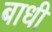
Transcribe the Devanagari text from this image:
बाधी